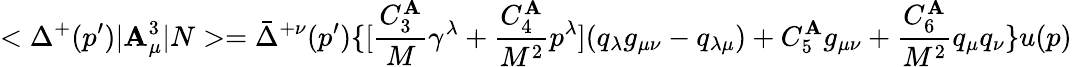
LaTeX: <\Delta^{+}(p^{\prime})|\mathbf{A}_{\mu}^{3}|N>=\bar{{\Delta}}^{+\nu}(p^{\prime})\{ [{\frac{{C_{3}^{\mathbf{A}}}}{{M}}}\gamma^{\lambda}+{\frac{{C_{4}^{\mathbf{A}}}}{{M^{2}}}}p^{\lambda}](q_{\lambda}g_{\mu\nu}-q_{\lambda\mu})+C_{5}^{\mathbf{A}}g_{\mu\nu}+{\frac{{C_{6}^{\mathbf{A}}}}{{M^{2}}}}q_{\mu}q_{\nu}\} u(p)